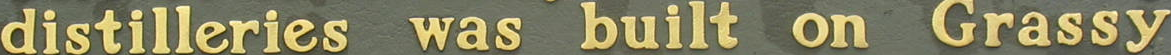
distilleries was built on Grassy